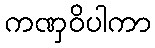
ကဏှဝိပါကာ